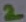
Text: 2